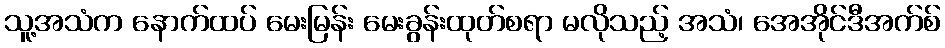
သူ့အသံက နောက်ထပ် မေးမြန်း မေးခွန်းထုတ်စရာ မလိုသည့် အသံ၊ အေအိုင်ဒီအက်စ်